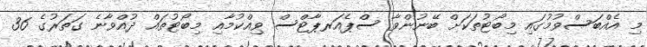
މި އެއްބަސްވުމުގައި މިބޯޓުތަކަށް ބޭނުންވާ ސްޕެއަރޕާޓްސް ވިއްކުމާއި މިބޯޓުތައް ދުއްވާނެ ގަތަރުގެ 36